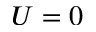
U = 0